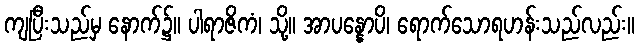
ကျပြီးသည်မှ နောက်၌။ ပါရာဇိကံ၊ သို့။ အာပန္နောပိ၊ ရောက်သောရဟန်းသည်လည်း။